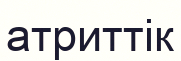
атриттік